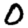
Digit: 0